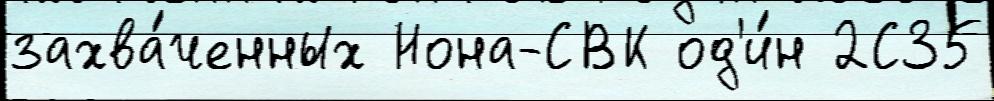
захва́ченных Нона-СВК од'и́н 2С35